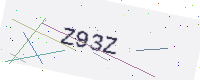
Text: Z93Z